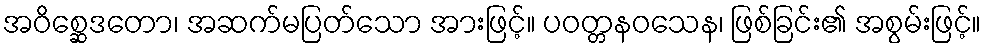
အဝိစ္ဆေဒတော၊ အဆက်မပြတ်သော အားဖြင့်။ ပဝတ္တနဝသေန၊ ဖြစ်ခြင်း၏ အစွမ်းဖြင့်။